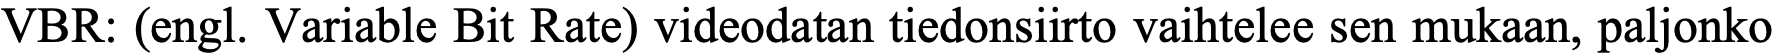
VBR: (engl. Variable Bit Rate) videodatan tiedonsiirto vaihtelee sen mukaan, paljonko